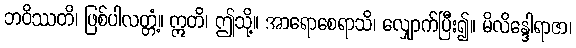
ဘဝိဿတိ၊ ဖြစ်ပါလတ္တံ့။ ဣတိ၊ ဤသို့။ အာရောစေရာသိ၊ လျှောက်ပြီး၍။ မိလိန္ဒေါရာဇာ၊